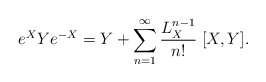
\begin{align*}e^X Y e^{-X} = Y + \sum_{n=1}^\infty {L_X^{n-1}\over n!}\; [X,Y].\end{align*}